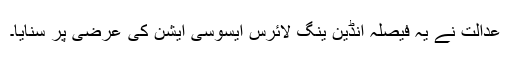
عدالت نے یہ فیصلہ انڈین ینگ لائرس ایسوسی ایشن کی عرضی پر سنایا۔